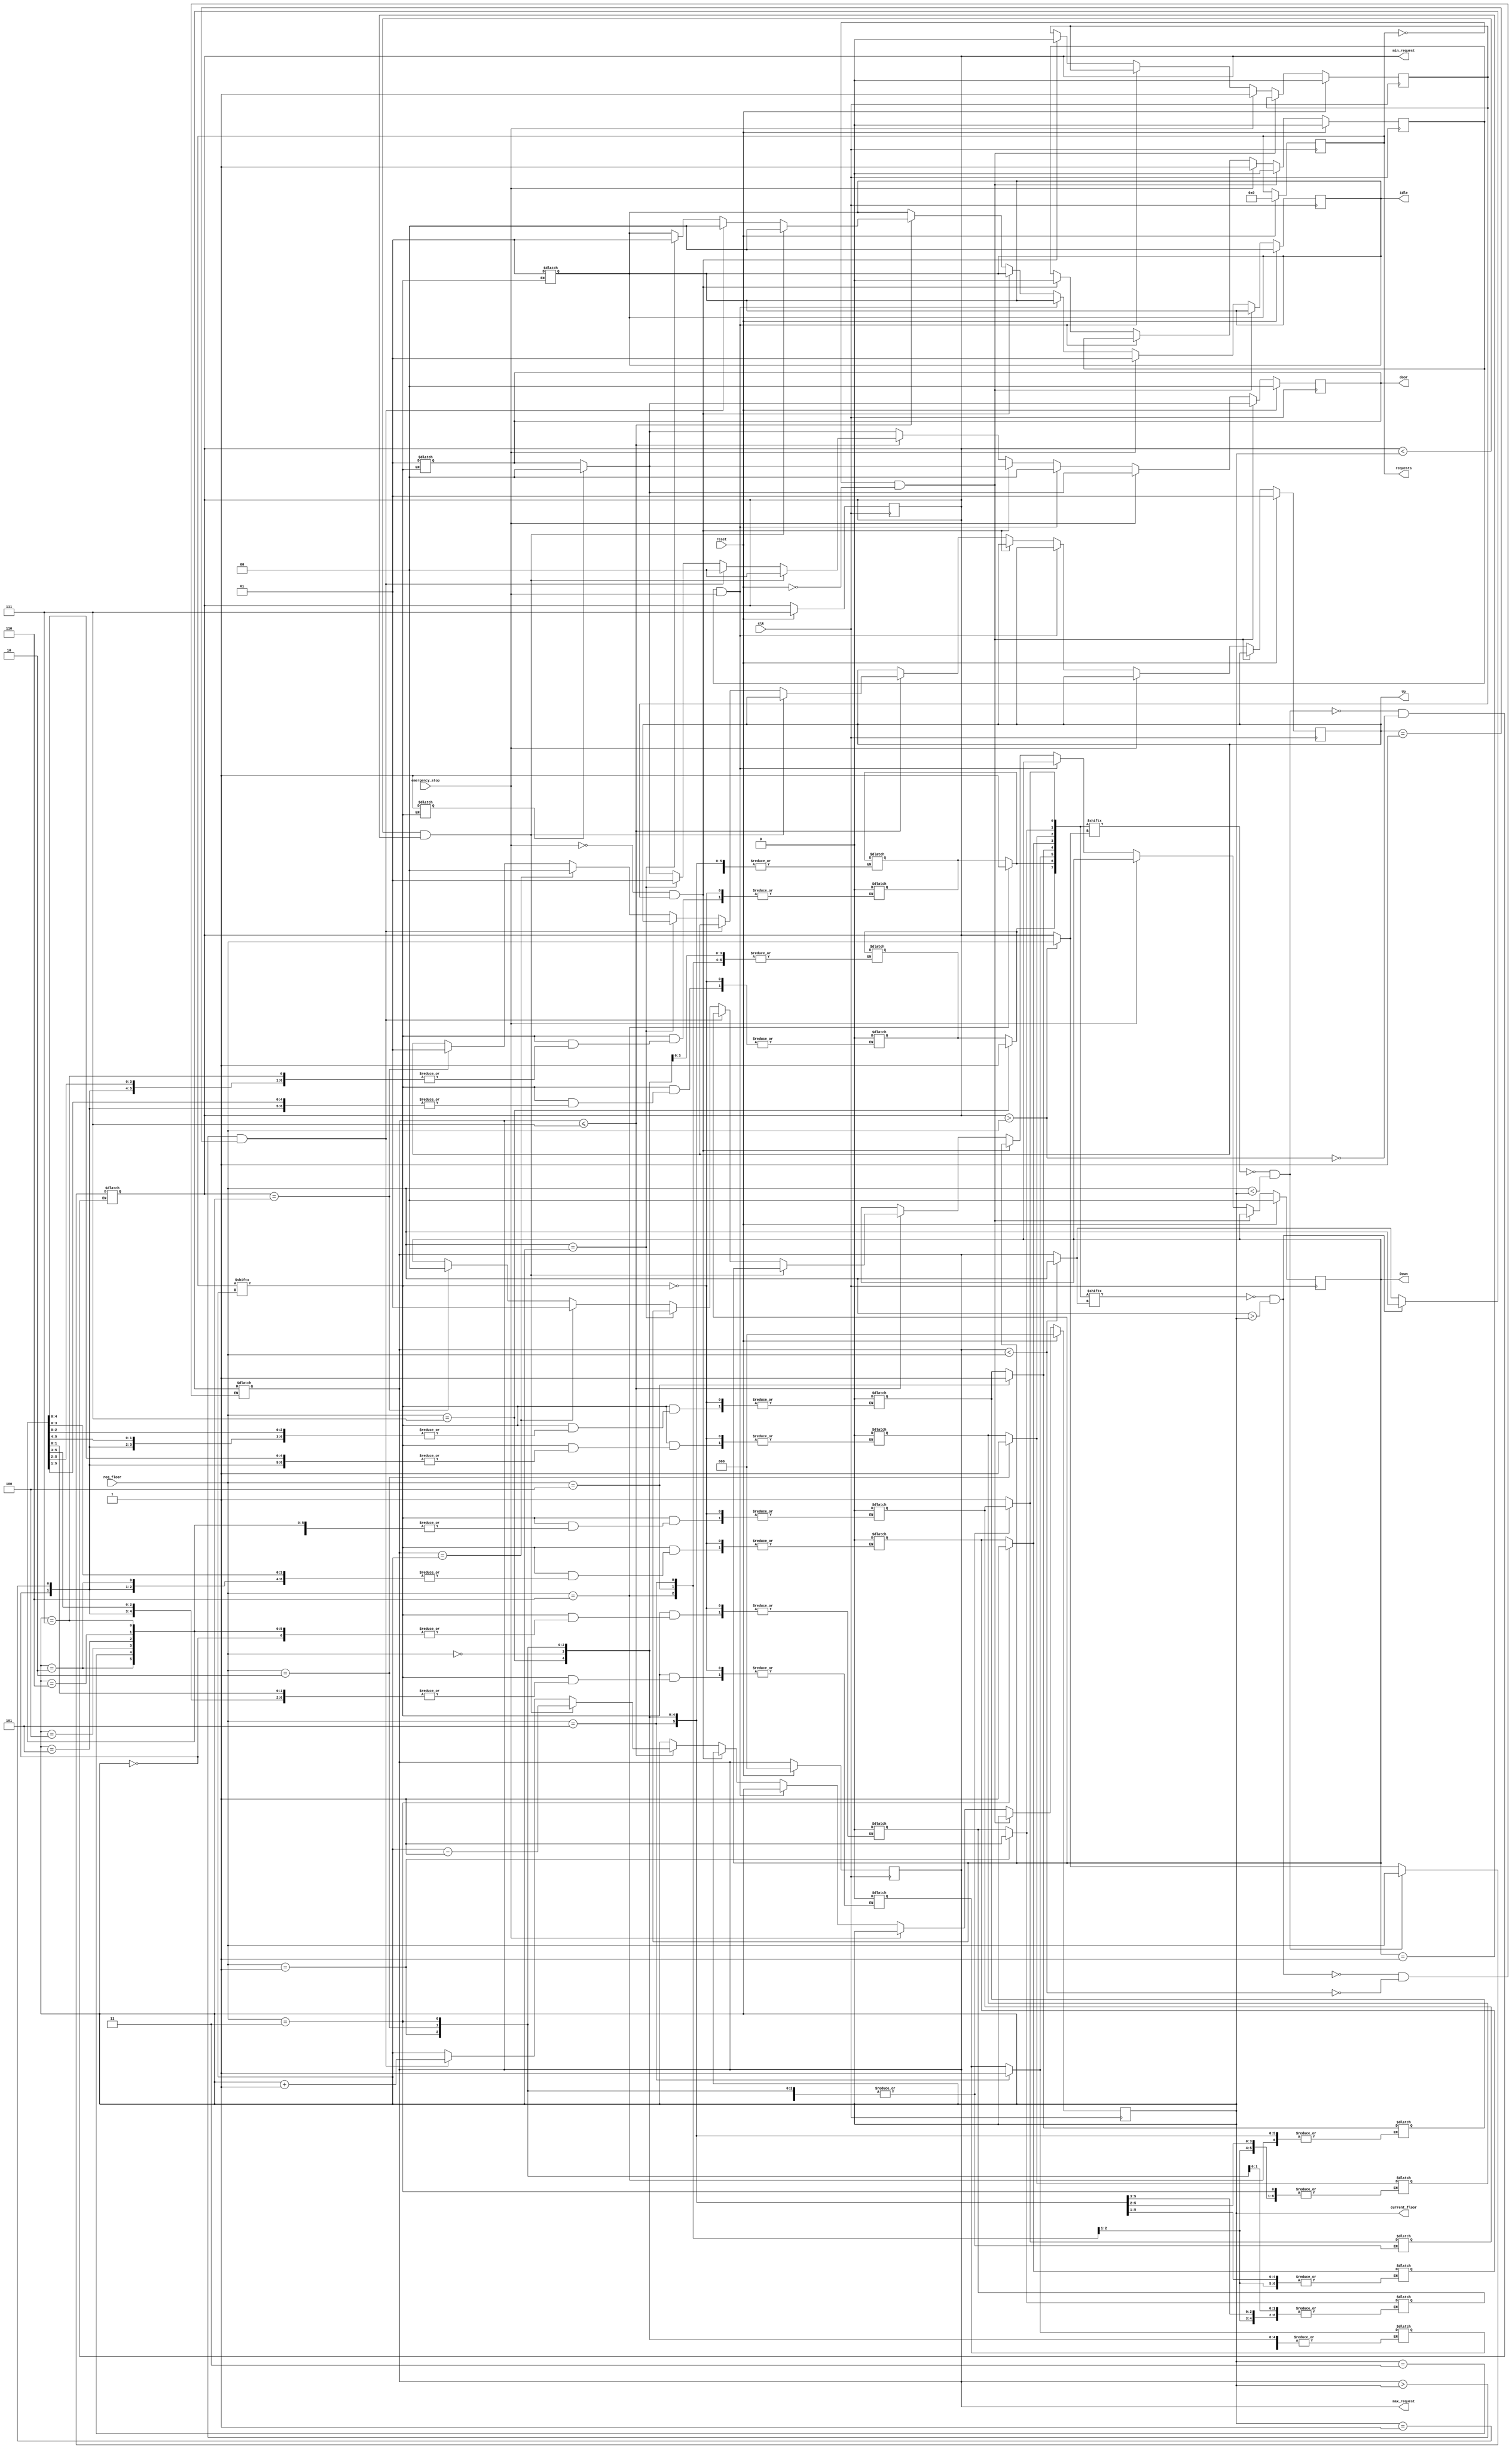
module Lift8(clk, reset, req_floor, idle, door, Up, Down, current_floor, requests, max_request, min_request, emergency_stop);

  input clk, reset, emergency_stop;
  input  [2:0] req_floor;      // 3-bit input for 8 floors (0 to 7)
  output reg [1:0] door;
  output reg [2:0] max_request;
  output reg [2:0] min_request;
  output reg [1:0] Up;
  output reg [1:0] Down;
  output reg [1:0] idle;
  output reg [2:0] current_floor;
  output reg [7:0] requests;

  reg door_timer;
  reg emergency_stopped;
  reg flag=0;

  // Update requests when a new floor is requested
  always @(req_floor)
  begin
    requests[req_floor] = 1;
  // Update max_request and min_request based on requested floors
    if (max_request < req_floor)
    begin
      max_request = req_floor;
    end
    
    if (min_request > req_floor)
    begin
      min_request = req_floor;
    end
    
      // Update max_request and min_request based on current floor
    
    if (requests[max_request] == 0 && req_floor > current_floor)
    begin
      max_request = req_floor;
    end
    
    if (requests[min_request] == 0 && req_floor < current_floor)
    begin
      min_request = req_floor;
    end
    
  end

  // Check and update lift behavior based on current floor
  always @(current_floor )
  begin
    if (requests[current_floor] == 1)
    begin
      idle = 1;
      door = 1;
      requests[current_floor] = 0;
      door_timer = 1; // Start the door timer when opening
    end
  end

  // State machine for lift control
  always @(posedge clk )

  begin     
    if (door_timer == 1)
    begin
      door <= 0; // Close the door after the one clock expires
      //$display("%h", current_floor);
    end
    if (reset)
    begin
      // Reset lift to initial state
      flag=0;
      current_floor <= 0;
      idle <= 0;
      door <= 0; // door open
      Up <= 1;   // going up
      Down <= 0; // not going down
      max_request <= 0;
      min_request <= 7;
      requests <= 0;
      emergency_stopped <= 0; // Initialize emergency stop state
    end
    else if (requests == 0 && !reset)
    begin
      // Stay on the current floor if no requests
      current_floor <= current_floor;
      emergency_stopped <= 0; // Clear emergency stop when not moving
    end
    // emergency
    else if (emergency_stop)
    begin
      // Emergency stop button is turned on
      idle <= 1;
      flag <=1;
      emergency_stopped <= 1; // Set emergency stop state
    end
    else if (emergency_stopped && emergency_stop)
    begin
      // Remain stopped until the emergency stop button is reset
      current_floor <= current_floor;
      door <= 0; // Keep the door closed during an emergency stop
    end
    // emergency reset
    else if (!emergency_stop && flag)
    begin
      // Emergency stop button is turned off
      emergency_stopped <= 0; // Set emergency stop state
      flag <=0;
    end
    else
    begin
      // Normal operation when not in emergency stop
      if (max_request <= 7)
      begin
        if (min_request < current_floor && Down == 1)
        begin
          // Move down one floor
          current_floor <= current_floor - 1;
          door <= 0;
          idle <= 0;
        end
        else if (max_request > current_floor && Up == 1)
        begin
          // Move up one floor
          current_floor <= current_floor + 1;
          door <= 0;
          idle <= 0;
        end
        else if (req_floor == current_floor)
        begin
             // Open door and handle request
            door <= 1;
            idle <= 1;
        end
        else if (max_request == current_floor)
        begin
          Up <= 0;
          Down <= 1;
        end
        else if (min_request == current_floor)
        begin
          Up <= 1;
          Down <= 0;
        end
      end
    end
  end
endmodule